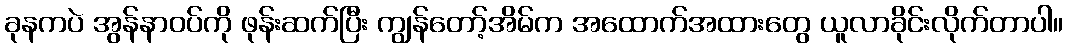
ခုနကပဲ အွန်နာဝပ်ကို ဖုန်းဆက်ပြီး ကျွန်တော့်အိမ်က အထောက်အထားတွေ ယူလာခိုင်းလိုက်တာပါ။